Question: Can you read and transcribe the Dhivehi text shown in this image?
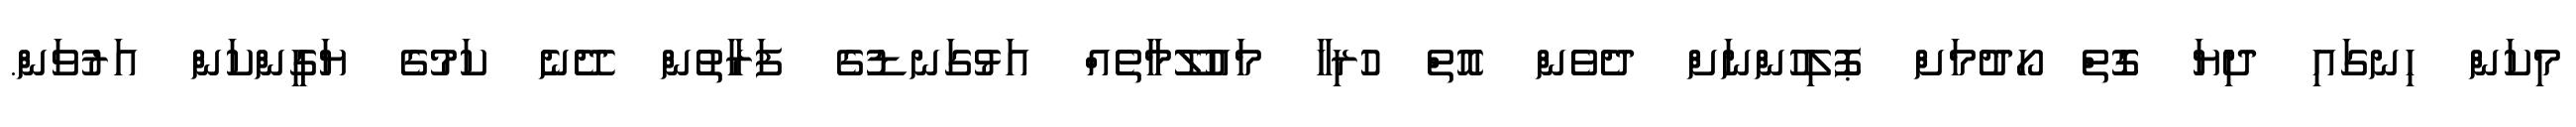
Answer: މިކަން ހިނގައި ދިޔަ ގޮތް ހޯދުމަށް ޕޮލިހުންނަށް ދެވެން އޮތް ހުރިހާ މައުލޫމާތެއް އަޅުގަނޑުގެ ފަރާތުން ދޭނެ ކަމުގެ ޔަގީންކަން އަރުވަން.